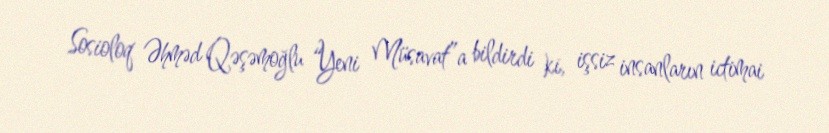
Sosioloq Əhməd Qəşəmoğlu “Yeni Müsavat”a bildirdi ki, işsiz insanların ictimai